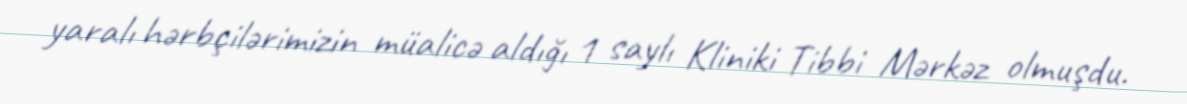
yaralı hərbçilərimizin müalicə aldığı 1 saylı Kliniki Tibbi Mərkəz olmuşdu.